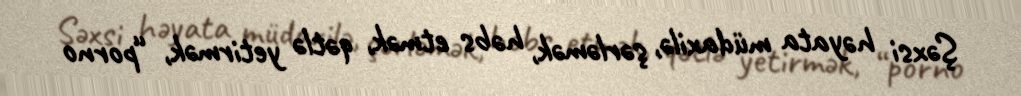
Şəxsi həyata müdaxilə, şərləmək, həbs etmək, qətlə yetirmək, “porno